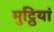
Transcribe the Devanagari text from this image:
मुट्ठियां